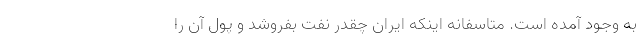
به وجود آمده است. متاسفانه اینکه ایران چقدر نفت بفروشد و پول آن را